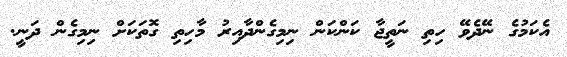
އެކަމުގެ ނޭދެވޭ ހިތި ނަތީޖާ ކަންކަން ނިމިގެންދާއިރު މާހިތި ގޮތަކަށް ނިމިގެން ދަނީ.